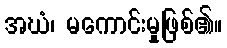
အဃံ၊ မကောင်းမှုဖြစ်၏။